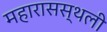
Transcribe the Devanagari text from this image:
महारासस्थली